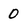
Character: 0